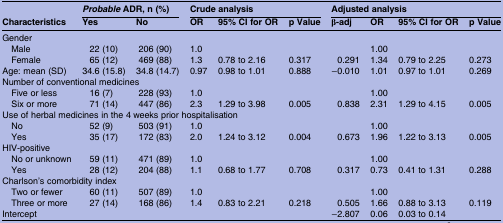
|  | <COLSPAN=2> Probable ADR, n (%) | <COLSPAN=3> Crude analysis | <COLSPAN=4> Adjusted analysis |
 | Characteristics | Yes | No | OR | 95% CI for OR | p Value | β-adj | OR | 95% CI for OR | p Value |
 | --- | --- | --- | --- | --- | --- | --- | --- | --- | --- |
 | <COLSPAN=10> Gender |
 | Male | 22 (10) | 206 (90) | 1.0 |  |  |  | 1.00 |  |  |
 | Female | 65 (12) | 469 (88) | 1.3 | 0.78 to 2.16 | 0.317 | 0.291 | 1.34 | 0.79 to 2.25 | 0.273 |
 | Age: mean (SD) | 34.6 (15.8) | 34.8 (14.7) | 0.97 | 0.98 to 1.01 | 0.888 | −0.010 | 1.01 | 0.97 to 1.01 | 0.269 |
 | <COLSPAN=10> Number of conventional medicines |
 | Five or less | 16 (7) | 228 (93) | 1.0 |  |  |  | 1.00 |  |  |
 | Six or more | 71 (14) | 447 (86) | 2.3 | 1.29 to 3.98 | 0.005 | 0.838 | 2.31 | 1.29 to 4.15 | 0.005 |
 | <COLSPAN=10> Use of herbal medicines in the 4 weeks prior hospitalisation |
 | No | 52 (9) | 503 (91) | 1.0 |  |  |  | 1.00 |  |  |
 | Yes | 35 (17) | 172 (83) | 2.0 | 1.24 to 3.12 | 0.004 | 0.673 | 1.96 | 1.22 to 3.13 | 0.005 |
 | <COLSPAN=10> HIV-positive |
 | No or unknown | 59 (11) | 471 (89) | 1.0 |  |  |  | 1.00 |  |  |
 | Yes | 28 (12) | 204 (88) | 1.1 | 0.68 to 1.77 | 0.708 | 0.317 | 0.73 | 0.41 to 1.31 | 0.288 |
 | <COLSPAN=10> Charlson's comorbidity index |
 | Two or fewer | 60 (11) | 507 (89) | 1.0 |  |  |  | 1.00 |  |  |
 | Three or more | 27 (14) | 168 (86) | 1.4 | 0.83 to 2.21 | 0.218 | 0.505 | 1.66 | 0.88 to 3.13 | 0.119 |
 | Intercept |  |  |  |  |  | −2.807 | 0.06 | 0.03 to 0.14 |  |